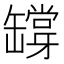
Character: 𦉘